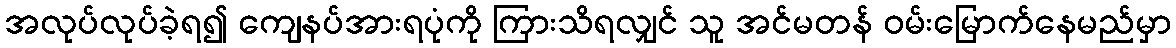
အလုပ်လုပ်ခဲ့ရ၍ ကျေနပ်အားရပုံကို ကြားသိရလျှင် သူ အင်မတန် ဝမ်းမြောက်နေမည်မှာ